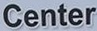
Center